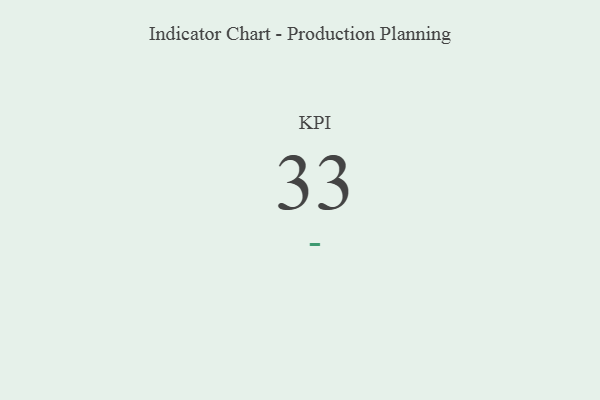
{"axis": {"x": "KPI", "y": "Value"}, "legend": [""], "data": [{"x": "KPI", "y": 33, "type": ""}]}